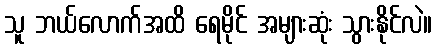
သူ ဘယ်လောက်အထိ ရေမိုင် အများဆုံး သွားနိုင်လဲ။